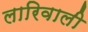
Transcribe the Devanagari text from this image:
लारिवाली